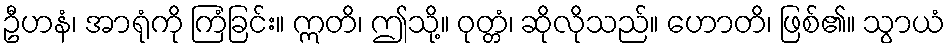
ဦဟနံ၊ အာရုံကို ကြံခြင်း။ ဣတိ၊ ဤသို့။ ဝုတ္တံ၊ ဆိုလိုသည်။ ဟောတိ၊ ဖြစ်၏။ သွာယံ